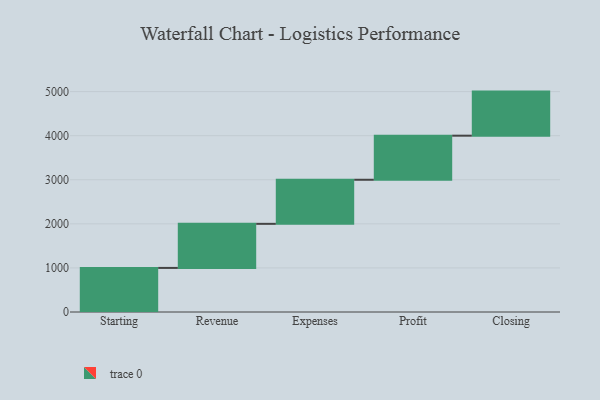
{"axis": {"x": "Step", "y": "Value"}, "legend": [""], "data": [{"x": "Starting", "y": 1000, "type": ""}, {"x": "Revenue", "y": 1000, "type": ""}, {"x": "Expenses", "y": 1000, "type": ""}, {"x": "Profit", "y": 1000, "type": ""}, {"x": "Closing", "y": 1000, "type": ""}]}